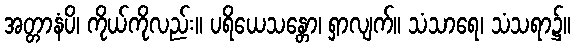
အတ္တာနံပိ၊ ကိုယ်ကိုလည်း။ ပရိယေသန္တော၊ ရှာလျက်။ သံသာရေ၊ သံသရာ၌။